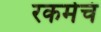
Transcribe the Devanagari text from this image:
रकमेचं